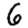
Digit: 6